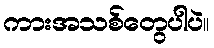
ကားအသစ်တွေပါပဲ။